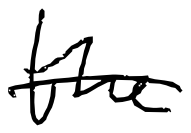
Text: the
Cross-out: single-line
Writing tool: digital_black